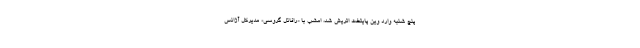
پنچ شنبه وارد وین پایتخت اتریش شد، امشب با «رافائل گروسی» مدیرکل آژانس